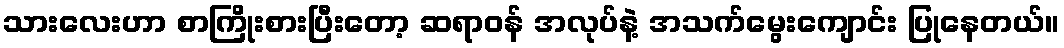
သားလေးဟာ စာကြိုးစားပြီးတော့ ဆရာဝန် အလုပ်နဲ့ အသက်မွေးကျောင်း ပြုနေတယ်။